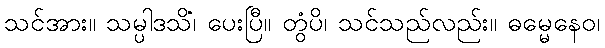
သင်အား။ သမ္ပါဒသိံ၊ ပေးပြီ။ တွံပိ၊ သင်သည်လည်း။ ဓမ္မေနေဝ၊